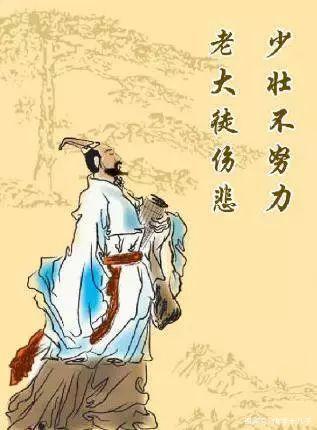
惟仁者宜在高位。不仁而在高位，是播其恶于众也。